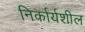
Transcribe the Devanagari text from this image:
निर्कार्यशील